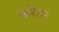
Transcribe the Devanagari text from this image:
करेतर